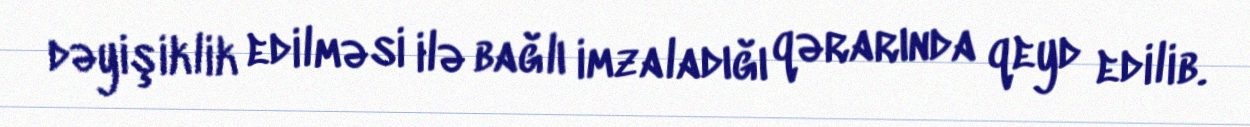
dəyişiklik edilməsi ilə bağlı imzaladığı qərarında qeyd edilib.